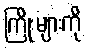
ကြိုးများကို